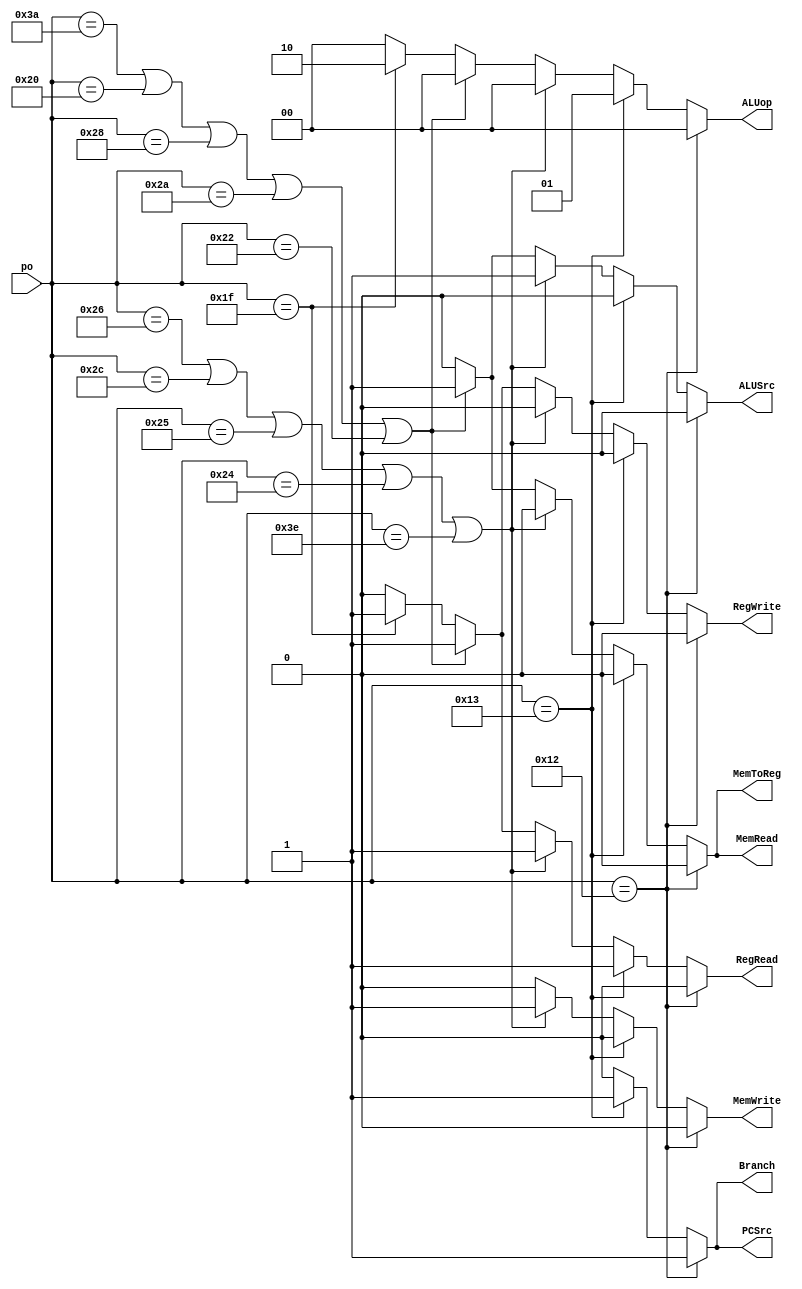
/* Module to behave like the control unit to set the necessary signals for the execution of an 
   instruction -
   1. RegDst - Which field of the instruction is the register to be written to
   2. RegWrite - Write to register file
   3. RegRead - Read from a register
   4. ALUSrc - The source for the second input to the ALU
   5. PCSrc - Source for PC (next instruction to be executed)
   6. MemRead - Read from the main memory
   7. MemWrite - Write to the main memory
   8. MemToReg - Source of write_data (data to be written to the register file)
   9. Branch -  When a branch/jump instruction is used
*/

module control_unit(
    output reg  RegRead,
                RegWrite,
                MemRead,
                MemWrite,
                Branch,
                MemToReg,
                ALUSrc,
                PCSrc,
	output reg [1:0] ALUop,
    input [5:0] po
);

    initial begin
        MemRead  = 1'b0;
        MemWrite = 1'b0;
        RegWrite = 1'b0;
        RegRead  = 1'b0;
        Branch   = 1'b0;
        ALUSrc   = 1'b0;
        PCSrc    = 1'b0;
        MemToReg = 1'b0;
		ALUop	 = 2'b00;
		
    end



    always @(po)
    begin
		//initialize
        MemRead  = 1'b0;
        MemWrite = 1'b0;
        RegWrite = 1'b0;
        RegRead  = 1'b0;
        Branch   = 1'b0;
        ALUSrc   = 1'b0;
        PCSrc    = 1'b0;
        MemToReg = 1'b0;
		ALUop	 = 2'b00;
		
		
        //X OR XO Format
        if(po == 6'd31) 
        begin
		    MemRead  = 1'b0;
			MemWrite = 1'b0;
			RegWrite = 1'b1;
			RegRead  = 1'b1;
			Branch   = 1'b0;
			ALUSrc   = 1'b0;
			PCSrc    = 1'b0;
			MemToReg = 1'b0;
			ALUop	 = 2'b10;
            // $display("HOI\n");
            //RegRead = 1'b1;
            //RegWrite = 1'b1;        
        end
		
        if(po == 6'd58 | po == 6'd32 |po == 6'd40 |po == 6'd42 |po == 6'd34) //loads
        begin
		    MemRead  = 1'b1;
			MemWrite = 1'b0;
			RegWrite = 1'b1;
			RegRead  = 1'b1;
			Branch   = 1'b0;
			ALUSrc   = 1'b1;
			PCSrc    = 1'b0;
			MemToReg = 1'b1;
			ALUop	 = 2'b00;
		end
		
		if(po == 6'd38 |po == 6'd44 |po == 6'd37 |po == 6'd36 |po == 6'd62) //stores
        begin
		    MemRead  = 1'b0;
			MemWrite = 1'b1;
			RegWrite = 1'b0;
			RegRead  = 1'b1;
			Branch   = 1'b0;
			ALUSrc   = 1'b1;
			PCSrc    = 1'b0;
			MemToReg = 1'b0;
			ALUop	 = 2'b00;
		end
	
		if(po == 6'd19) //branch conditional
        begin
		    MemRead  = 1'b0;
			MemWrite = 1'b0;
			RegWrite = 1'b0;
			RegRead  = 1'b1;
			Branch   = 1'b1;
			ALUSrc   = 1'b0;
			PCSrc    = 1'b1;
			MemToReg = 1'b0;
			ALUop	 = 2'b01 ;
		end
		if(po == 6'd18) //branch unconditional
        begin
		    MemRead  = 1'b0;
			MemWrite = 1'b0;
			RegWrite = 1'b0;
			RegRead  = 1'b0;
			Branch   = 1'b1;
			ALUSrc   = 1'b0;
			PCSrc    = 1'b1;
			MemToReg = 1'b0;
			ALUop	 = 2'b00;
		end
    end
endmodule